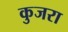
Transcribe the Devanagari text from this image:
कुजरा